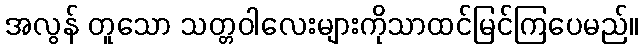
အလွန် တူသော သတ္တဝါလေးများကိုသာထင်မြင်ကြပေမည်။